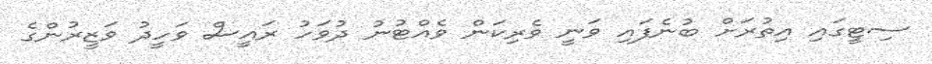
ސިޓީގައި އިތުރަށް ބުނެފައި ވަނީ ވެރިކަން ވެއްޓުނު ދުވަހު ރައީސް ވަހީދު ވަޒީރުންގެ